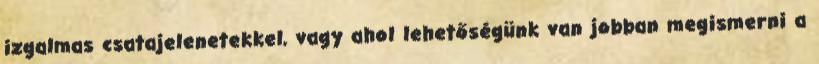
izgalmas csatajelenetekkel, vagy ahol lehetőségünk van jobban megismerni a